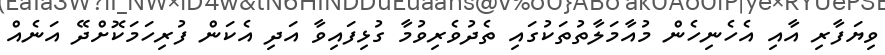
ވިޔަފާރި އާއި އެހެނިހެން މުއާމަލާތުތަކުގައި ތެދުވެރިވުމާ ގުޅިފައިވާ އަދި އެކަން ފުރިހަމަކޮށްދޭ އަނެއް